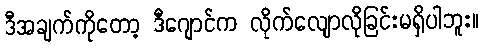
ဒီအချက်ကိုတော့ ဒီဂျောင်က လိုက်လျောလိုခြင်းမရှိပါဘူး။